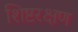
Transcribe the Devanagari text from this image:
शिष्टरक्षण